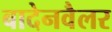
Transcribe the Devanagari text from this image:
बादेनवैलर